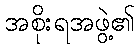
အစိုးရအဖွဲ့၏